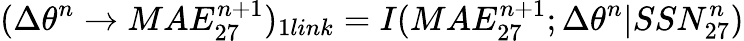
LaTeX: \large(\Delta\theta^{n}\rightarrow MAE_{27}^{n+1}\large)_{1link}=I(MAE_{27}^{n+1};\Delta\theta^{n}|SSN_{27}^{n})